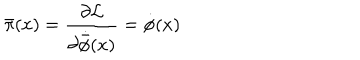
{ \bar { \pi } } ( x ) = \frac { \partial { \cal L } } { \partial { \dot { \bar { \phi } } } ( x ) } = { \dot { \phi } } ( x )